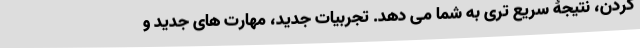
کردن، نتیجۀ سریع تری به شما می دهد. تجربیات جدید، مهارت های جدید و